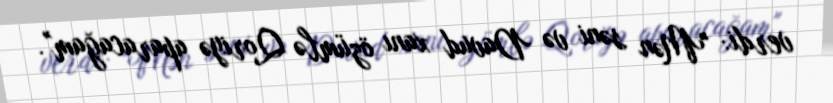
verdi: "Mən səni və Davud xanı özümlə Qoriyə aparacağam".